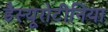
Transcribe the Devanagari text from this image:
डैस्यूरोटीनिया